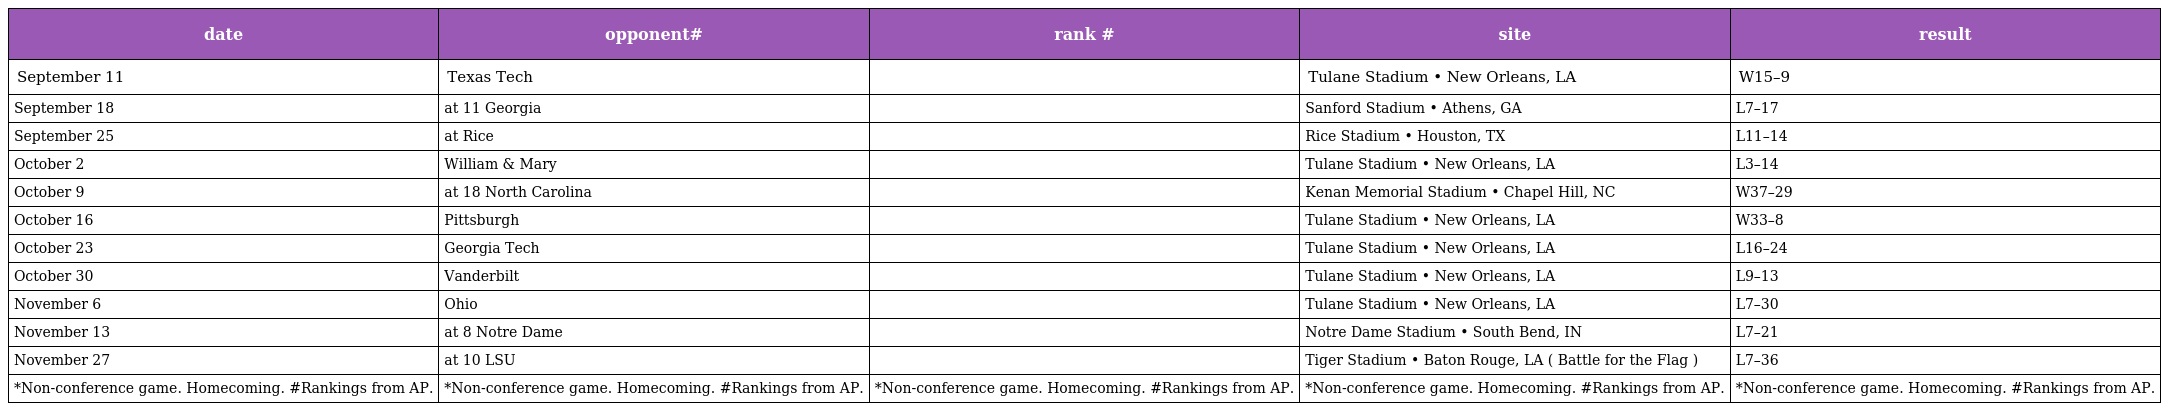
| date | opponent# | rank # | site | result |
 | --- | --- | --- | --- | --- |
 | September 11 | Texas Tech |  | Tulane Stadium • New Orleans, LA | W15–9 |
 | September 18 | at 11 Georgia |  | Sanford Stadium • Athens, GA | L7–17 |
 | September 25 | at Rice |  | Rice Stadium • Houston, TX | L11–14 |
 | October 2 | William & Mary |  | Tulane Stadium • New Orleans, LA | L3–14 |
 | October 9 | at 18 North Carolina |  | Kenan Memorial Stadium • Chapel Hill, NC | W37–29 |
 | October 16 | Pittsburgh |  | Tulane Stadium • New Orleans, LA | W33–8 |
 | October 23 | Georgia Tech |  | Tulane Stadium • New Orleans, LA | L16–24 |
 | October 30 | Vanderbilt |  | Tulane Stadium • New Orleans, LA | L9–13 |
 | November 6 | Ohio |  | Tulane Stadium • New Orleans, LA | L7–30 |
 | November 13 | at 8 Notre Dame |  | Notre Dame Stadium • South Bend, IN | L7–21 |
 | November 27 | at 10 LSU |  | Tiger Stadium • Baton Rouge, LA ( Battle for the Flag ) | L7–36 |
 | *Non-conference game. Homecoming. #Rankings from AP. | *Non-conference game. Homecoming. #Rankings from AP. | *Non-conference game. Homecoming. #Rankings from AP. | *Non-conference game. Homecoming. #Rankings from AP. | *Non-conference game. Homecoming. #Rankings from AP. |